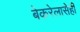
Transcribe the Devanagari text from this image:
बेकरेलासेही